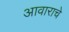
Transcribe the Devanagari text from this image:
आवाराचे